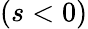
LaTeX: (s<0)